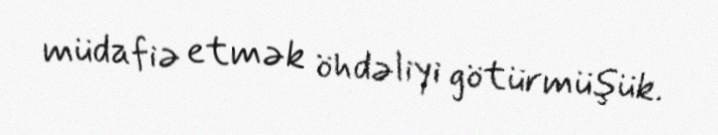
müdafiə etmək öhdəliyi götürmüşük.